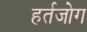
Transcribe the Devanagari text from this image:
हर्तजोग